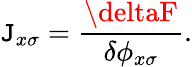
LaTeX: \mathtt{J}_{x\sigma}=\frac{{\deltaF}}{{\delta\phi_{x\sigma}}}.